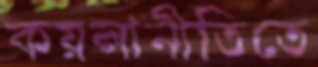
কয়লানীতিতে